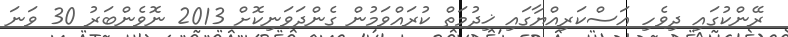
ރޭންކުގައި ދިވެހި އަސްކަރިއްޔާގައި ޚިދުމަތް ކުރައްވަމުން ގެންދަވަނިކޮށް 2013 ނޮވެންބަރު 30 ވަނަ